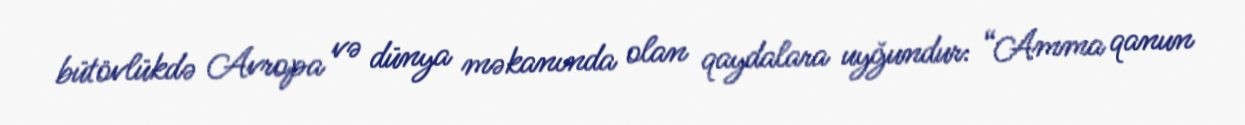
bütövlükdə Avropa və dünya məkanında olan qaydalara uyğundur: “Amma qanun